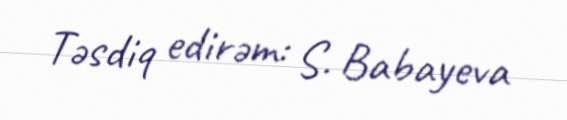
Təsdiq edirəm: S. Babayeva